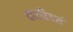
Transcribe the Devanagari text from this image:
बारबियर्स